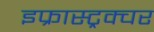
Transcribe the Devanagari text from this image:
इफ्रास्ट्रक्चर